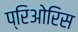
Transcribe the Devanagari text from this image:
प्रिओरिस